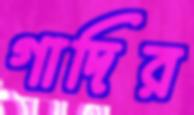
গাদির